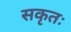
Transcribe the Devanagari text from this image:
सकृतः